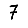
Digit: 7